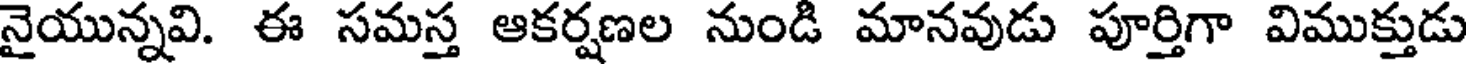
నైయున్నవి. ఈ సమస్త ఆకర్షణల నుండి మానవుడు పూర్తిగా విముక్తుడు